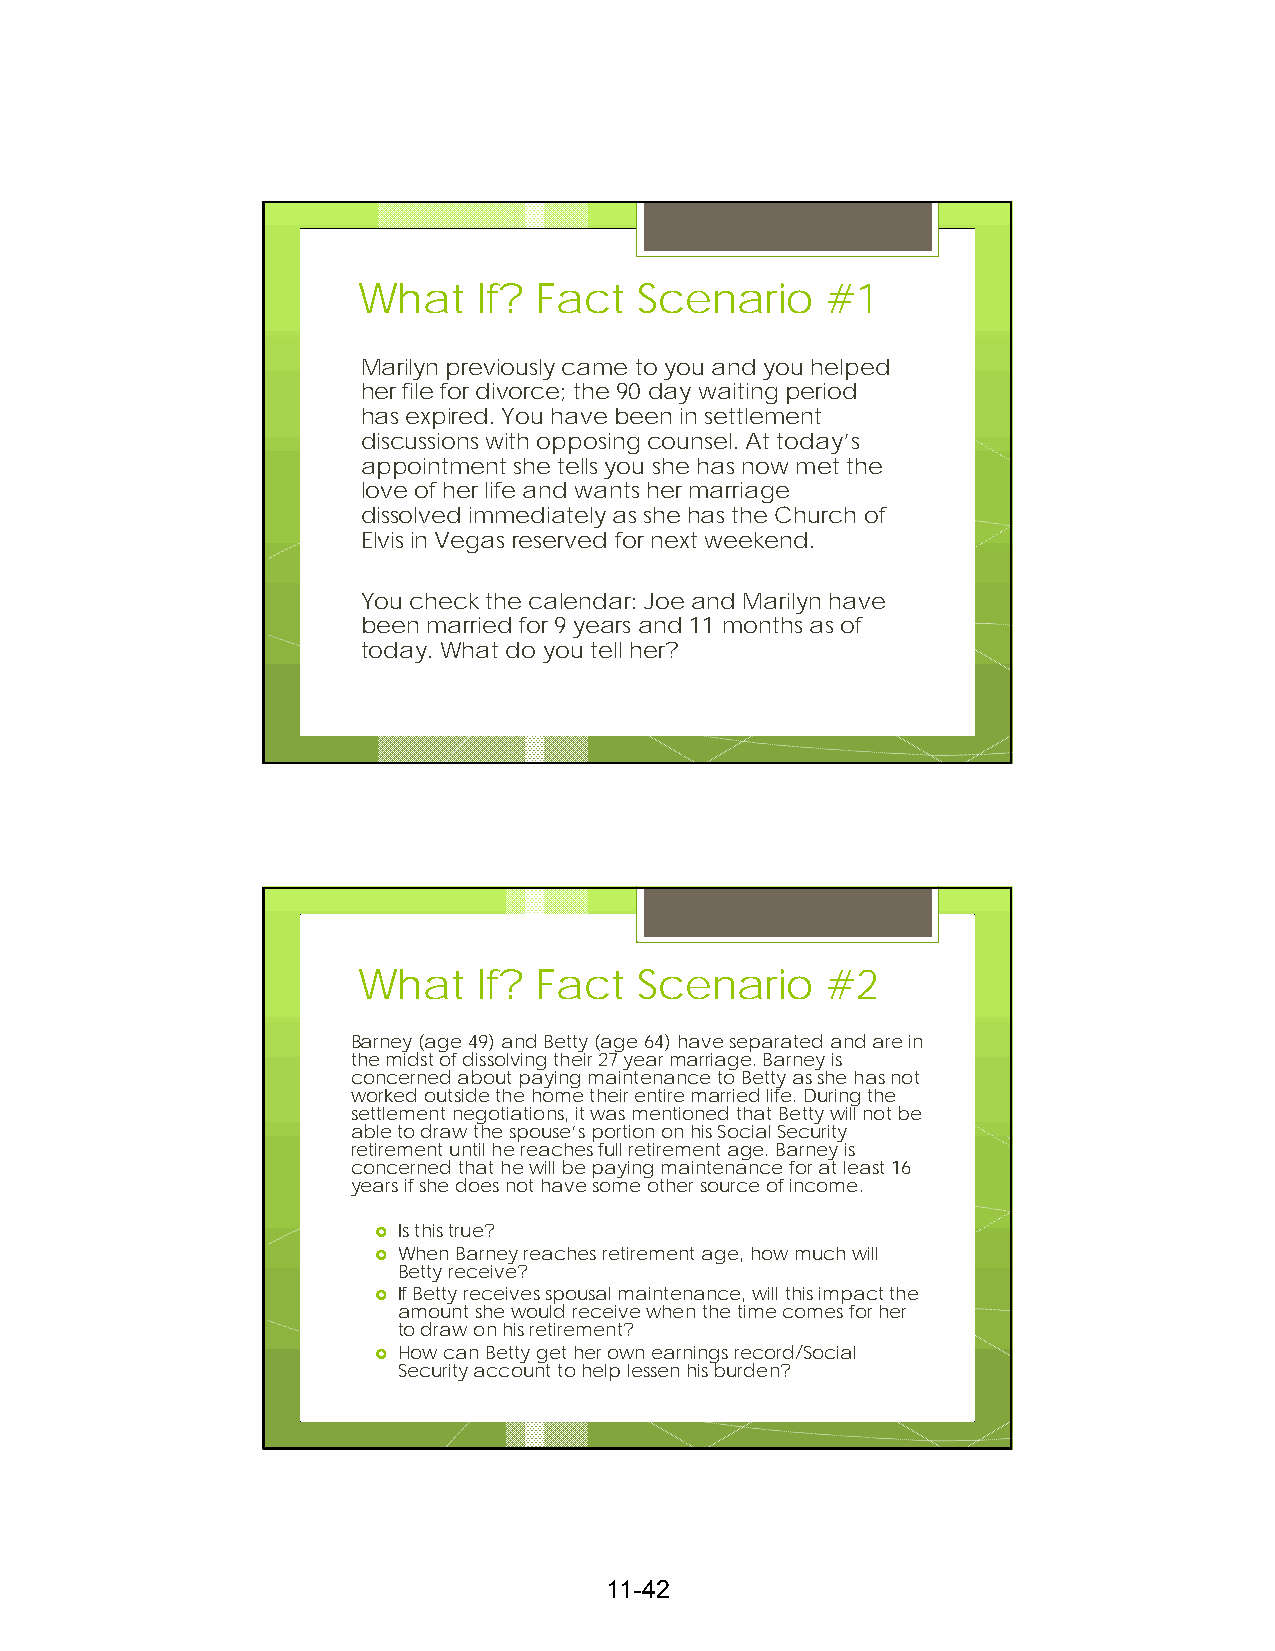
What    If? Fact  Scenario     #1
 Marilyn previously came to you and you helped
 her file for divorce; the 90 day waiting period
 has expired. You have been in settlement
 discussions with opposing counsel. At today’s
 appointment she tells you she has now met the
 love of her life and wants her marriage
 dissolved immediately as she has the Church of
 Elvis in Vegas reserved for next weekend.
 You check the calendar: Joe and Marilyn have
 been married for 9 years and 11 months as of
 today. What do you tell her?
 What    If? Fact  Scenario     #2
 Barney (age 49) and Betty (age 64) have separated and are in
 the midst of dissolving their 27 year marriage. Barney is
 concerned about paying maintenance to Betty as she has not
 worked outside the home their entire married life. During the
 settlement negotiations, it was mentioned that Betty will not be
 able to draw the spouse’s portion on his Social Security
 retirement until he reaches full retirement age. Barney is
 concerned that he will be paying maintenance for at least 16
 years if she does not have some other source of income.
  Is this true?
  When Barney reaches retirement age, how much will
 Betty receive?
  If Betty receives spousal maintenance, will this impact the
 amount she would receive when the time comes for her
 to draw on his retirement?
  How can Betty get her own earnings record/Social
 Security account to help lessen his burden?
 11-42